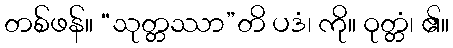
တစ်ဖန်။ “သုတ္တဿာ”တိ ပဒံ၊ ကို။ ဝုတ္တံ၊ ၏။